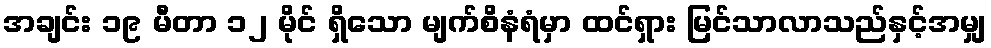
အချင်း ၁၉ မီတာ ၁၂ မိုင် ရှိသော မျက်စိနံရံမှာ ထင်ရှား မြင်သာလာသည်နှင့်အမျှ